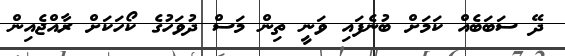
ދޭ ސަބަބެއް ކަމަށް ބުނެފައި ވަނީ ތިން މަސް ދުވަހުގެ ކޯހަކަށް ރާއްޖެއިން